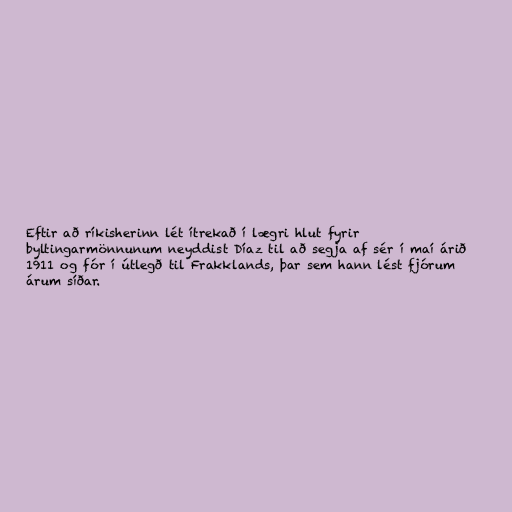
Eftir að ríkisherinn lét ítrekað í lægri hlut fyrir
byltingarmönnunum neyddist Díaz til að segja af sér í maí árið
1911 og fór í útlegð til Frakklands, þar sem hann lést fjórum
árum síðar.